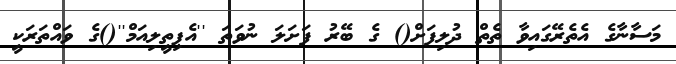
މަސާނާގެ އެތެރޭގައިވާ ތެތް ދުލިފަށް() ގެ ބޭރު ފަށަލަ ނުވަތަ ''އެޕިތީލިއަމް''()ގެ ވައްތަރަކީ